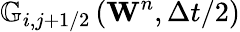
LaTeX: {{\mathbb{G}}_{i,j+1/2}}\left({{\mathbf{W}}^{n}},\Delta t/2\right)